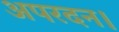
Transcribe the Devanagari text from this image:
अपरदन।